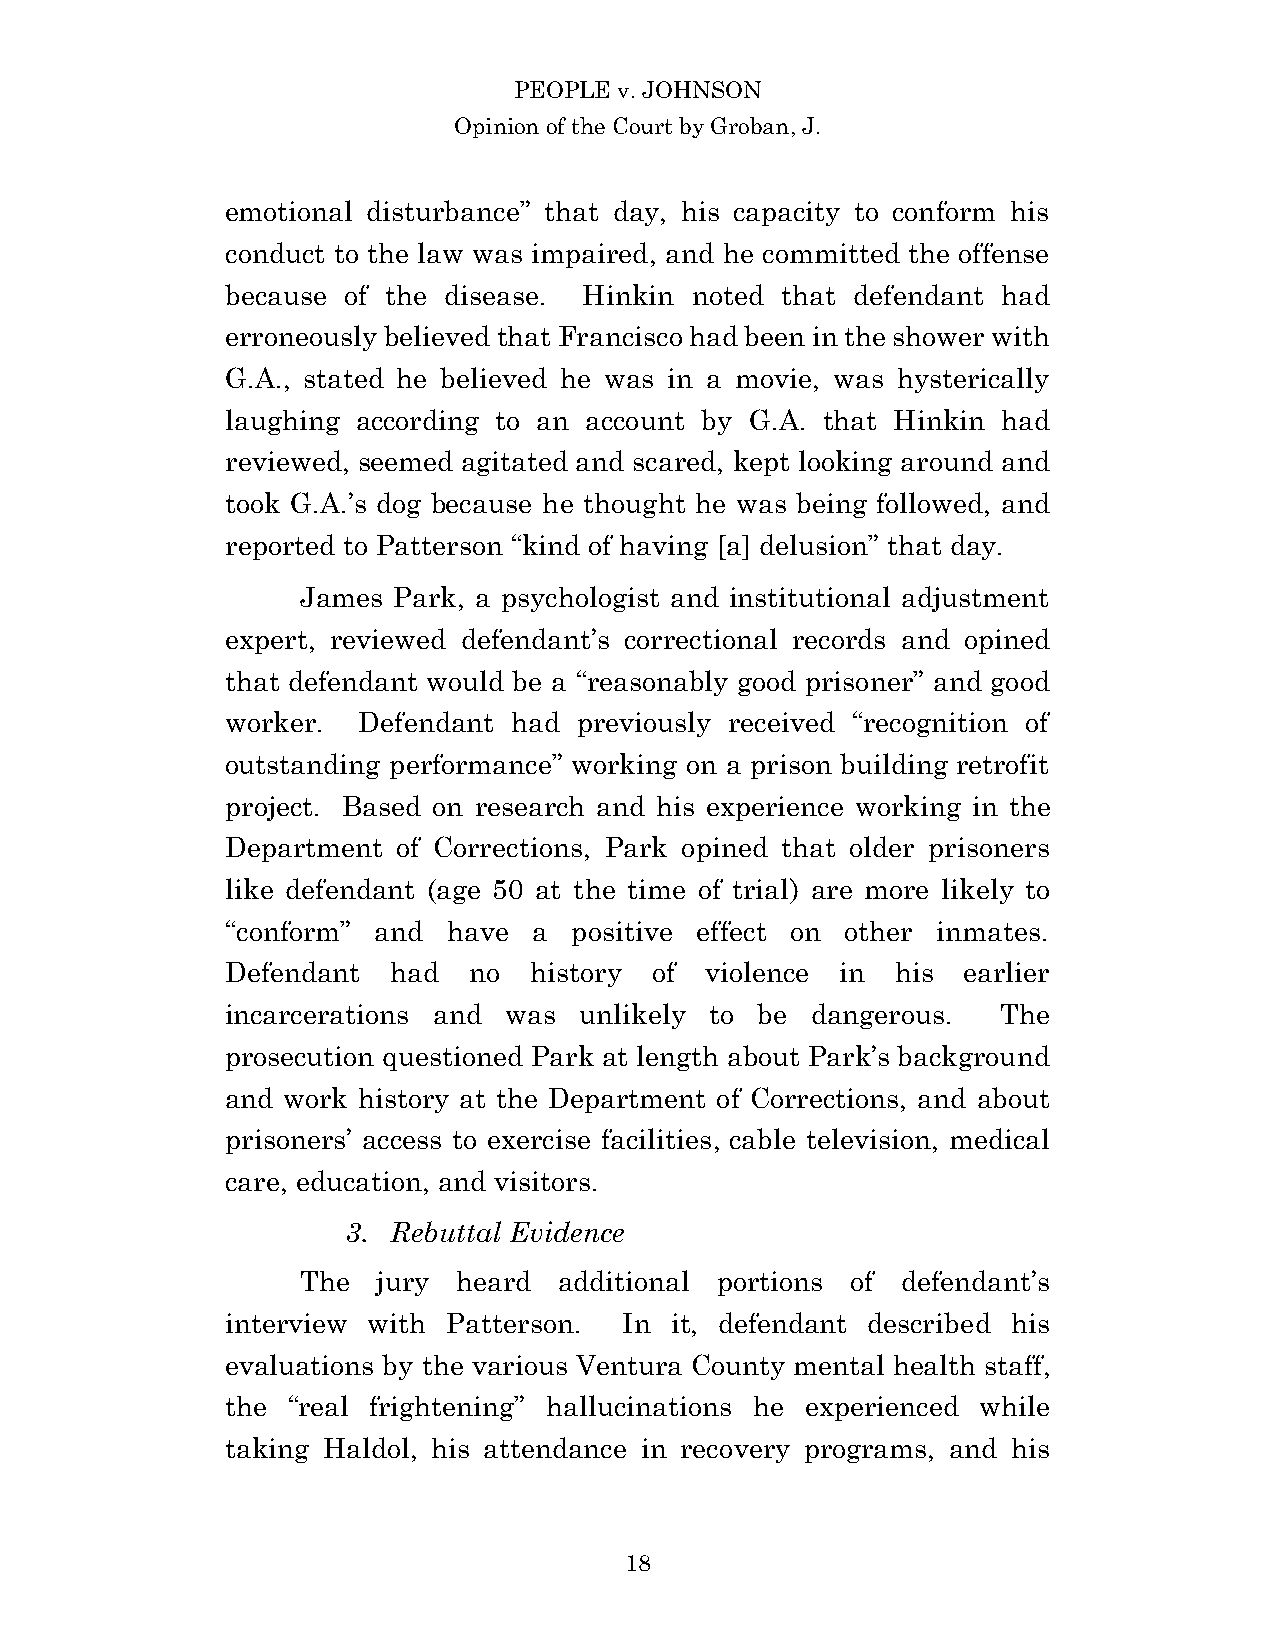
PEOPLE v. JOHNSON
 Opinion of the Court by Groban, J.
 emotional disturbance” that day, his capacity to conform his
 conduct to the law was impaired, and he committed the offense
 because of the disease. Hinkin noted that defendant had
 erroneously believed that Francisco had been in the shower with
 G.A., stated he believed he was in a movie, was hysterically
 laughing according to an account by G.A. that Hinkin had
 reviewed, seemed agitated and scared, kept looking around and
 took G.A.’s dog because he thought he was being followed, and
 reported to Patterson “kind of having [a] delusion” that day.
 James Park, a psychologist and institutional adjustment
 expert, reviewed defendant’s correctional records and opined
 that defendant would be a “reasonably good prisoner” and good
 worker.  Defendant had previously received “recognition of
 outstanding performance” working on a prison building retrofit
 project. Based on research and his experience working in the
 Department of Corrections, Park opined that older prisoners
 like defendant (age 50 at the time of trial) are more likely to
 “conform” and  have a  positive effect on other inmates.
 Defendant  had  no  history of  violence in his  earlier
 incarcerations and was unlikely to be  dangerous.  The
 prosecution questioned Park at length about Park’s background
 and work history at the Department of Corrections, and about
 prisoners’ access to exercise facilities, cable television, medical
 care, education, and visitors.
 3. Rebuttal Evidence
 The  jury heard  additional portions of defendant’s
 interview with Patterson. In it, defendant described his
 evaluations by the various Ventura County mental health staff,
 the “real frightening” hallucinations he experienced while
 taking Haldol, his attendance in recovery programs, and his
 1 8